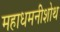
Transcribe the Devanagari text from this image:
महाधमनीशोथ